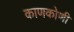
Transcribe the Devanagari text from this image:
काणकोणी